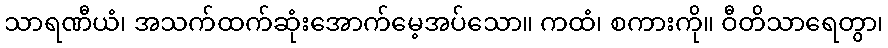
သာရဏီယံ၊ အသက်ထက်ဆုံးအောက်မေ့အပ်သော။ ကထံ၊ စကားကို။ ဝီတိသာရေတွာ၊